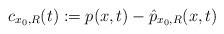
LaTeX: \begin{align*}c_{x_0,R}(t):=p(x,t)- \hat p_{x_0,R}(x,t) \end{align*}